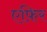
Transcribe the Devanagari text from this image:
एफ़िर